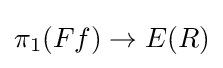
\pi _{1}(Ff)\to E(R)